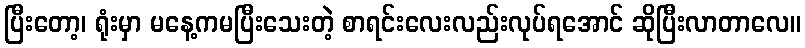
ပြီးတော့၊ ရုံးမှာ မနေ့ကမပြီးသေးတဲ့ စာရင်းလေးလည်းလုပ်ရအောင် ဆိုပြီးလာတာလေ။